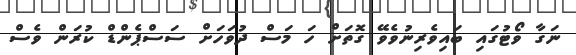
ނަގާ ވޯޓުގައި ބައިވެރިނުވެވޭ ގޮތަށް ހަ މަސް ދުވަހަށް ސަސްޕެންޑް ކުރަން ވެސް